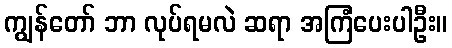
ကျွန်တော် ဘာ လုပ်ရမလဲ ဆရာ အကြံပေးပါဦး။